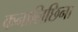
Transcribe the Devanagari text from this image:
कनालिछिना